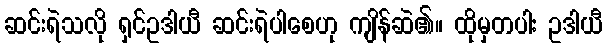
ဆင်းရဲသလို ရှင်ဥဒါယီ ဆင်းရဲပါစေဟု ကျိန်ဆဲ၏။ ထိုမှတပါး ဥဒါယီ